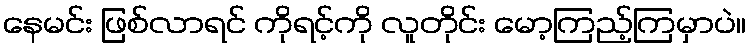
နေမင်း ဖြစ်လာရင် ကိုရင့်ကို လူတိုင်း မော့ကြည့်ကြမှာပဲ။